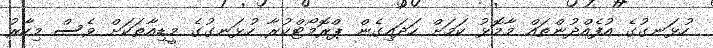
ހުޅަނގުގެ އުފެއްދުންތައް މާމޮޅު ކަމަށް ހަދައިގެން ޕްރޮމޯޓްކުރާ ހުޅަނގުގެ މީޑިއާތަކަށް ވެސް މިހާރު